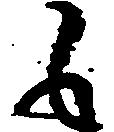
も